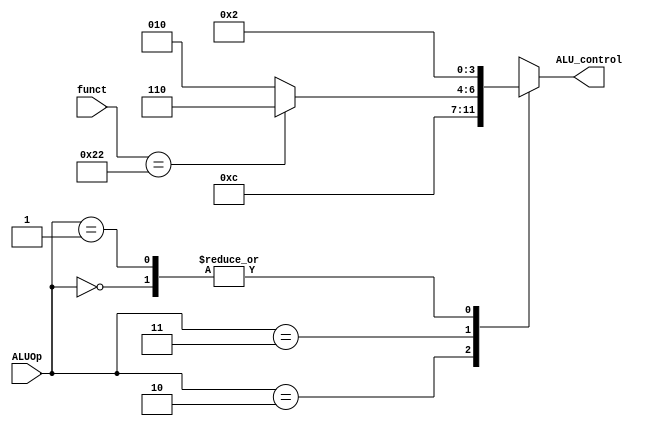
`timescale 1ns / 1ps
//////////////////////////////////////////////////////////////////////////////////
// Company: 
// Engineer: 
// 
// Design Name: 
// Module Name: ALUControl
// Project Name: 
// Target Devices: 
// Tool Versions: 
// Description: 
// 
// Dependencies: 
// 
// Revision:
// Revision 0.01 - File Created
// Additional Comments:
// 
//////////////////////////////////////////////////////////////////////////////////


module ALUControl(funct,ALUOp,ALU_control);
input [5:0]funct;
input [1:0]ALUOp;
output [3:0]ALU_control;
parameter lw_op=2'b00; 
parameter sw_op=2'b01; 
parameter beq_op=2'b10; 
parameter R_op=2'b11; 
parameter ADD = 4'b0010;
parameter SUB = 4'b0110;
//parameter SLL = 4'b010;
parameter OR = 4'b0001;
//parameter AND = 4'b0000;
//parameter SLTU = 4'b101;
parameter SLT = 4'b1111;
//parameter XOR = 4'b111; 
parameter ADD_funct=6'b100000;
parameter SUB_funct=6'b100010;
reg [3:0]ALU_control=0;
always@(ALUOp)begin
case(ALUOp)
beq_op: ALU_control=SUB;
R_op:begin
if(funct==SUB_funct)ALU_control=SUB; 
else ALU_control=ADD;
end
lw_op:ALU_control=ADD;
sw_op:ALU_control=ADD;
default :ALU_control=0;
endcase
end
endmodule